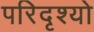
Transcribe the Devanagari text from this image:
परिदृश्‍यो